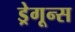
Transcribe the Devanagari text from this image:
ड्रेगून्स